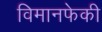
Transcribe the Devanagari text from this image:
विमानफेकी